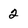
Character: 2